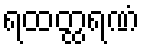
ရထတ္ထရဏံ